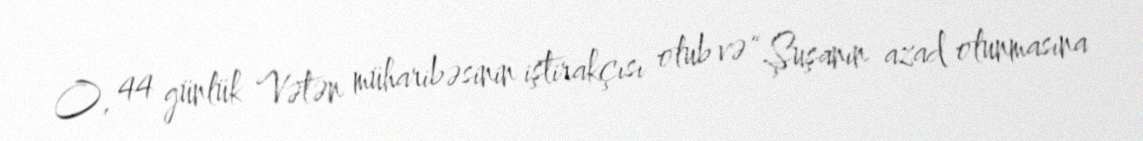
O, 44 günlük Vətən müharibəsinin iştirakçısı olub və “Şuşanın azad olunmasına